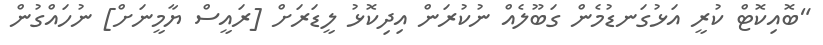
"ބޮއިކޮޓް ކުރީ އަޅުގަނޑުމެން ގަބޫލެއް ނުކުރަން އިދިކޮޅު ލީޑަރަށް [ރައީސް ޔާމީނަށް] ނުހައްގުން